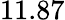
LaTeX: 11.87